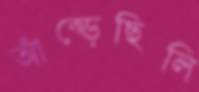
আঁক্‌ড়েছিলি